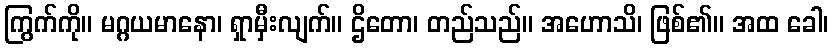
ကြွက်ကို။ မဂ္ဂယမာနော၊ ရှာမှီးလျက်။ ဌိတော၊ တည်သည်။ အဟောသိ၊ ဖြစ်၏။ အထ ခေါ၊